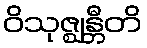
ဝိသုဇ္ဈန္တီတိ